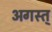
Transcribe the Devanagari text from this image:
अगस्त्